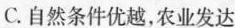
C.自然条件优越，农业发达